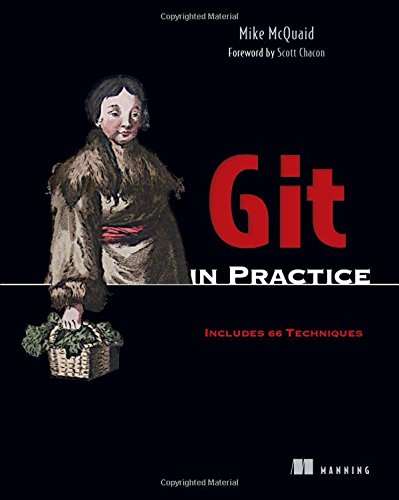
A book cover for Git in Practice; Mike McQuaid; Computers & Technology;